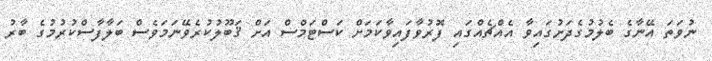
ނުވަތަ އޭނާގެ ބެލުމުގެދަށުގައިވާ އެއްޗެއްގައި ފޮރުވާފައިވާކަމަށް ކަސްޓަމްސް އަށް ޤަބޫލުކުރެވޭނަމަވެސް ބަލާފާސްކުރުމުގެ ބާރު